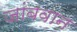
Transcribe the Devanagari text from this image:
जांबवान